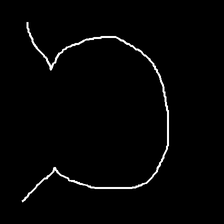
Glyph: weave